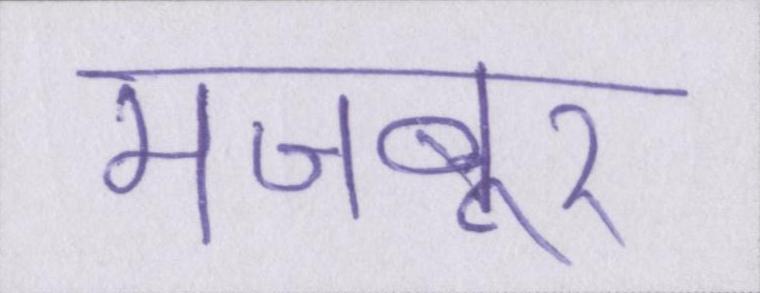
मजबूर